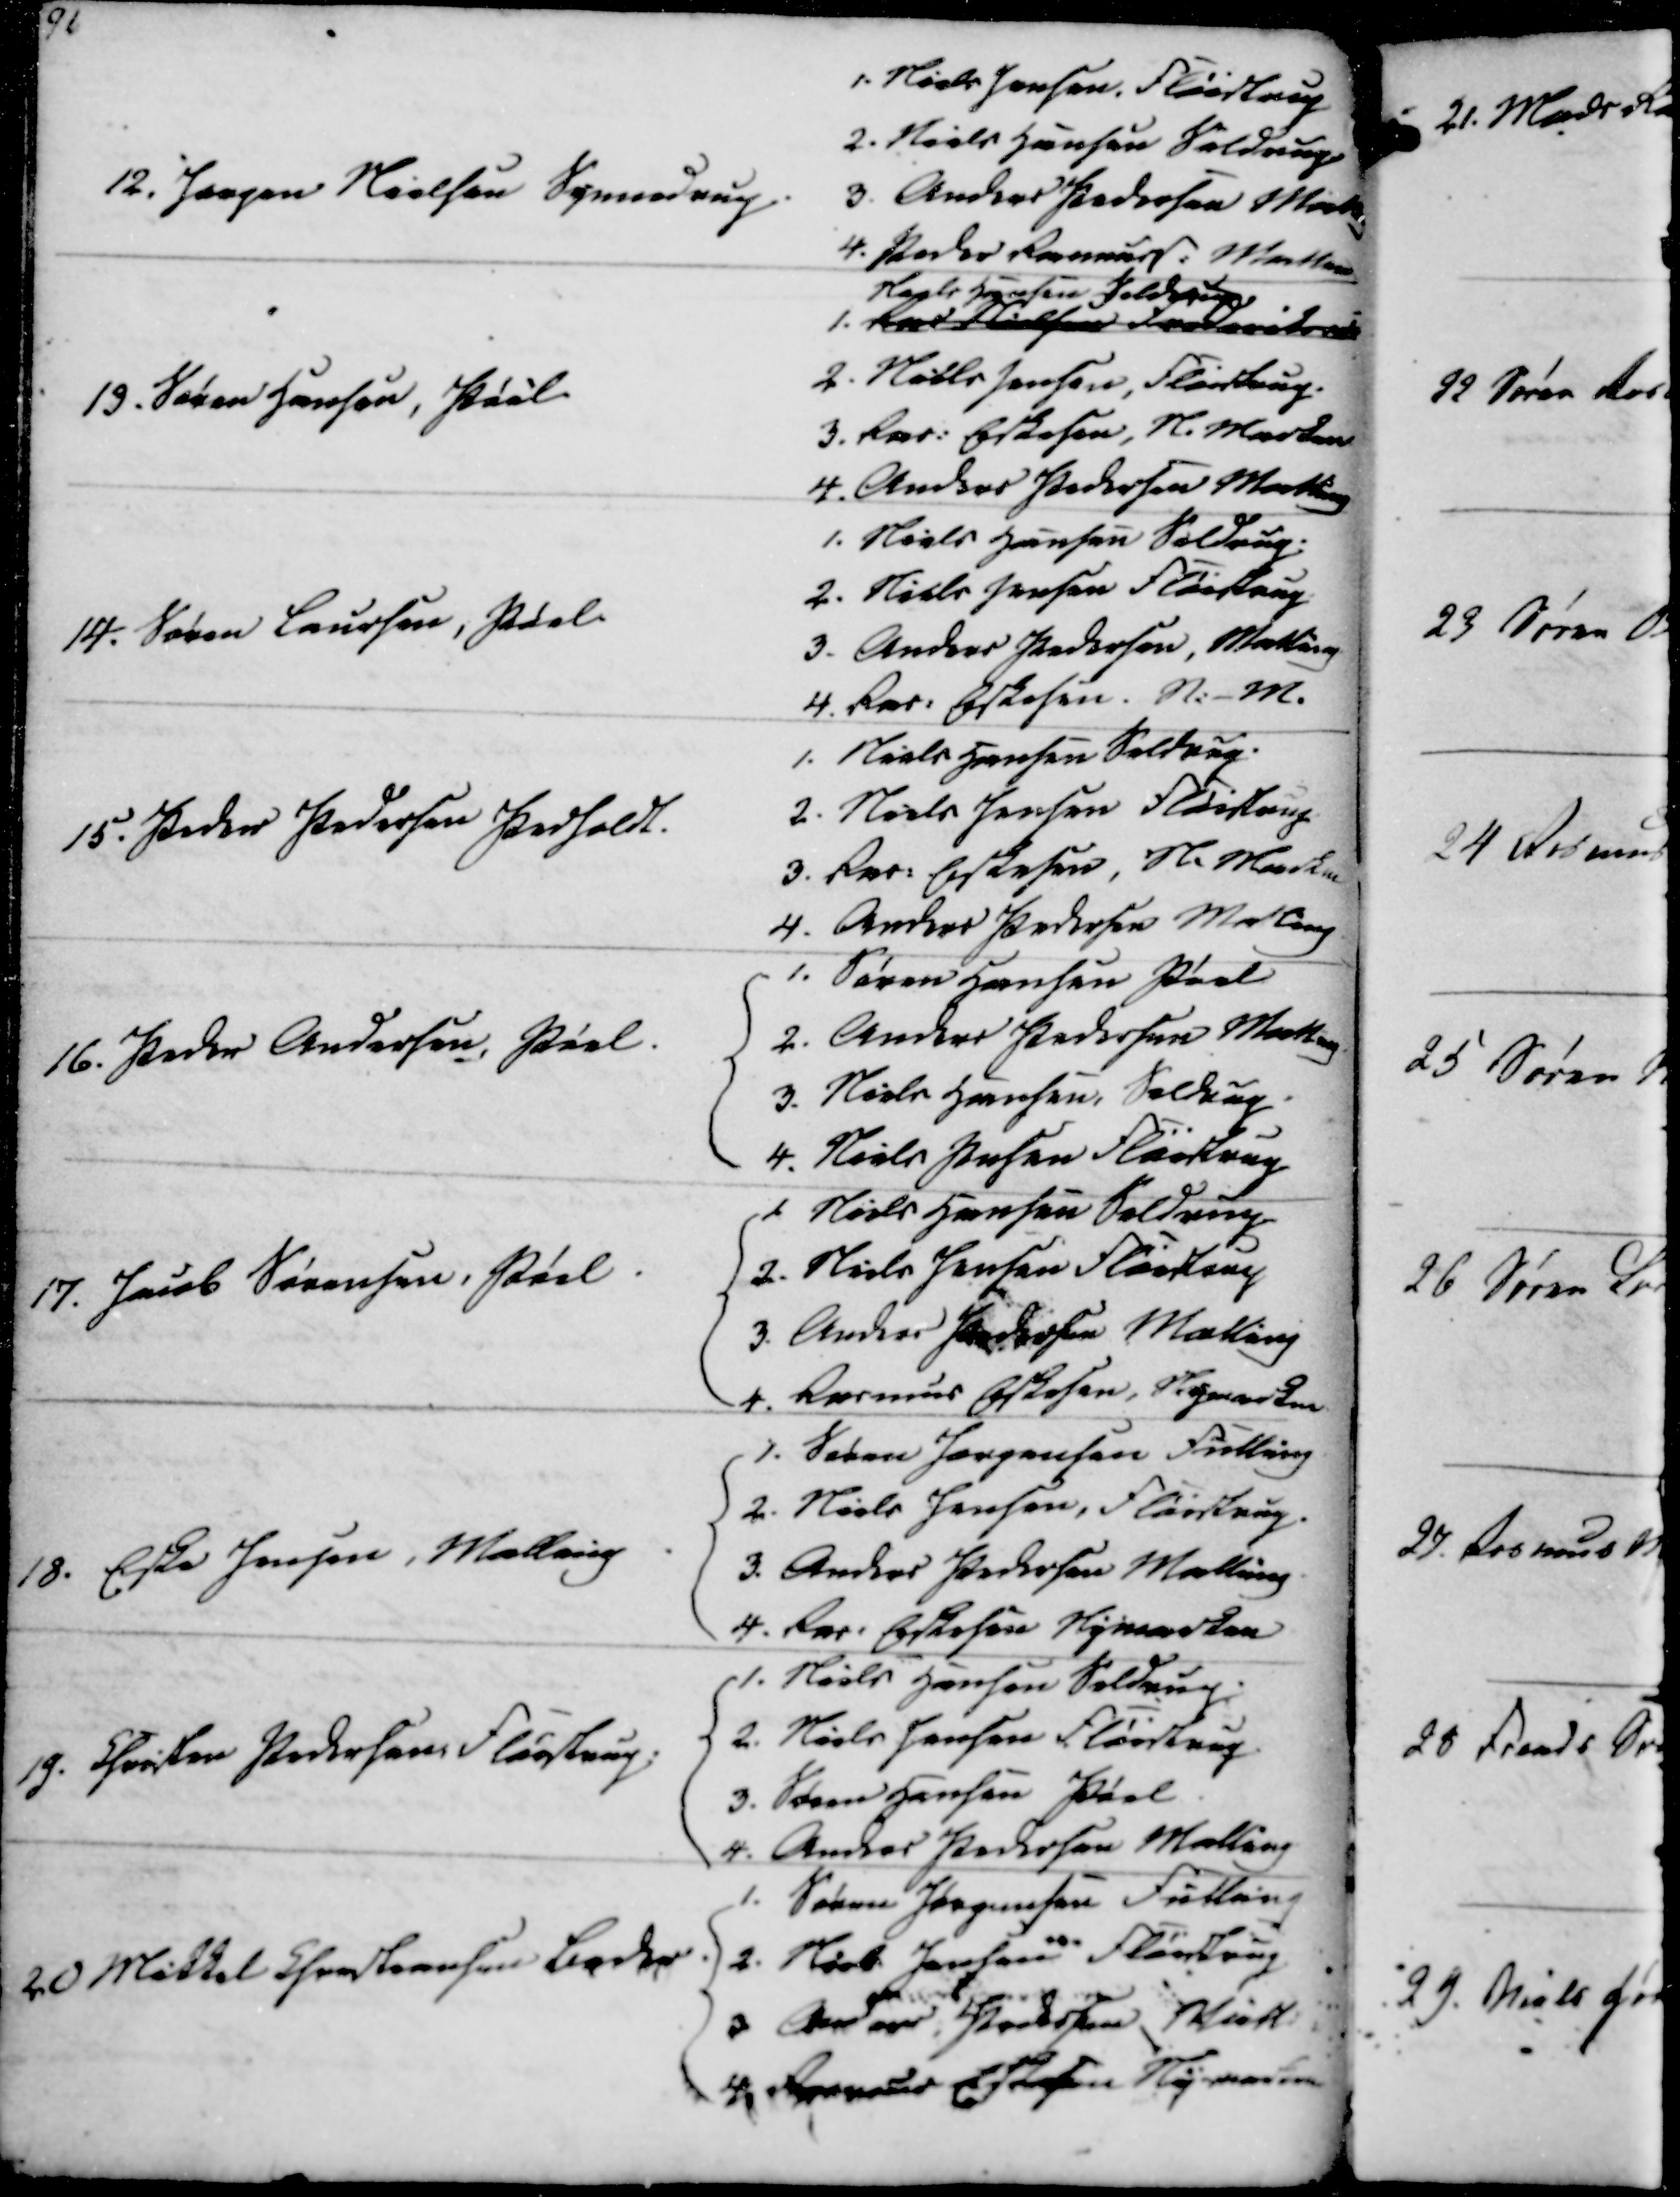
Transskription:
12. Jørgen Nielsen Synnedrup
1. Niels Jensen, Fløistrup
2. Niels Hansen Seldrup
3. Anders Pedersen Malling
4. Peder Rasmuss. Malling

19. Søren Hansen, Pøel
1. Ras. Nielsen Frederiksodde
Niels Hansen Seldrup
2. Niels Jensen, Fløistrup
3. Ras. Eskesen, N. Marken
4. Anders Pedersen Malling

14. Søren Laursen, Pøel
1. Niels Hansen Seldrup
2. Niels Jensen Fløistrup
3. Anders Pedersen, Malling
4. Ras. Eskesen. N.-M.

15. Peder Pedersen Pedholdt.
1. Niels Hansen Seldrup
2. Niels Jensen Fløistrup
3. Ras. Eskesen, N. Marken
4. Anders Pedersen Malling

16. Peder Andersen, Pøel.
1. Søren Hansen Pøel
2. Anders Pedersen Malling
3. Niels Hansen, Seldrup
4. Niels Pasen Fløistrup

17. Jacob Sørensen, Pøel
1. Niels Hansen Seldrup
2. Niels Jensen Fløistrup
3. Anders Jacobsen Malling
4. Rasmus Eskesen, Nymarken

18. Eske Jensen, Malling
1. Søren Jørgensen Fulling
2. Niels Jensen, Fløistrup
3. Anders Pedersen Malling
4. Ras. Eskesen Nymarken

19. Christen Pedersen Fløistrup
1. Niels Hansen Seldrup
2. Niels Jensen Fløistrup
3. Søren Hansen Pøel
4. Anders Pedersen Malling

20 Mikkel Chrestensen Beder
1. Søren Jørgensen Fulling
2. Niels Jensen Fløistrup
3 Anders Pedersen Mall.
4. Rasmus Eskesen Nymarken